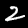
Label: 2